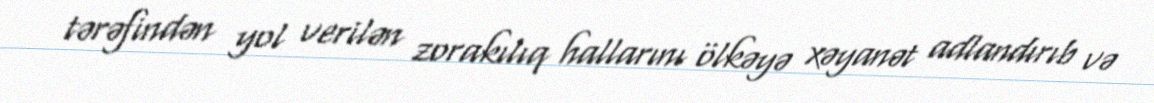
tərəfindən yol verilən zorakılıq hallarını ölkəyə xəyanət adlandırıb və